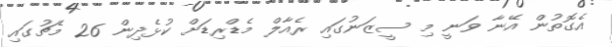
އެގޮތުން އޭނާ ވަނީ މި ސީޒަނުގައި ރެއާލް މެޑްރިޑަށް ކުޅެދިން 26 މެޗުގައި